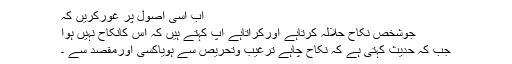
اب اسی اصول پر غورکریں کہ
جوشخص نکاح حلالہ کرتاہے اورکراتاہے آپ کہتے ہیں کہ اس کانکاح نہیں ہوا
جب کہ حدیث کہتی ہے کہ نکاح چاہے ترغیب وتحریص سے ہویاکسی اورمقصد سے ۔